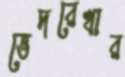
ভেদরেখার